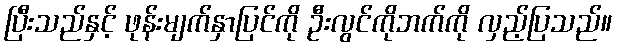
ပြီးသည်နှင့် ဖုန်းမျက်နှာပြင်ကို ဦးလွင်ကိုဘက်ကို လှည့်ပြသည်။